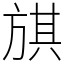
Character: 𣄃